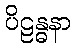
ပိဠန္ဓနာ